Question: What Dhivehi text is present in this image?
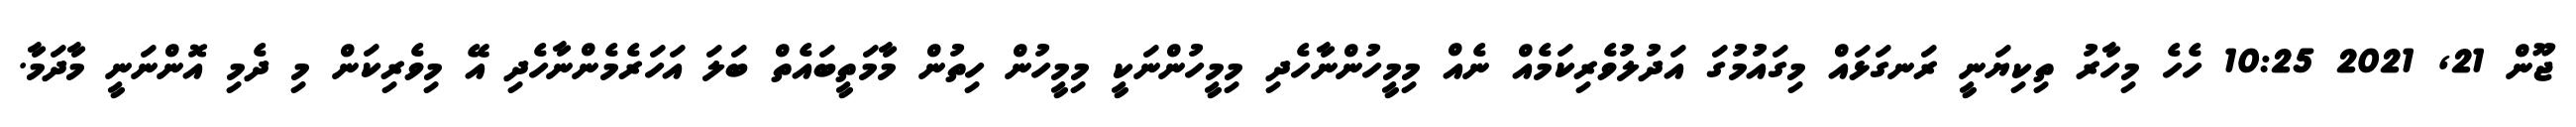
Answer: ޖޫން 21, 2021 10:25 ހެހެ މިހާރު ތިކިޔަނީ ރަނގަޅައް މިގައުމުގަ އަދުލުވެރިކަމެއް ނެއް މިމީހުންނާހެދި މިމީހުންނަކީ މިމީހުން ހިތުން މާމަތީބައެތް ބަލަ އަހަރެމެންނާހެދި އޭ މިވެރިކަން މި ދެމި އޮންނަނީ މާދަމާ.